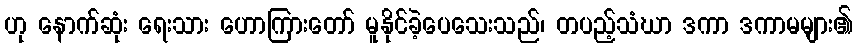
ဟု နောက်ဆုံး ရေးသား ဟောကြားတော် မူနိုင်ခဲ့ပေသေးသည်၊ တပည့်သံဃာ ဒကာ ဒကာမများ၏